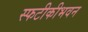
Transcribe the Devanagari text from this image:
स्फटीकीभवन